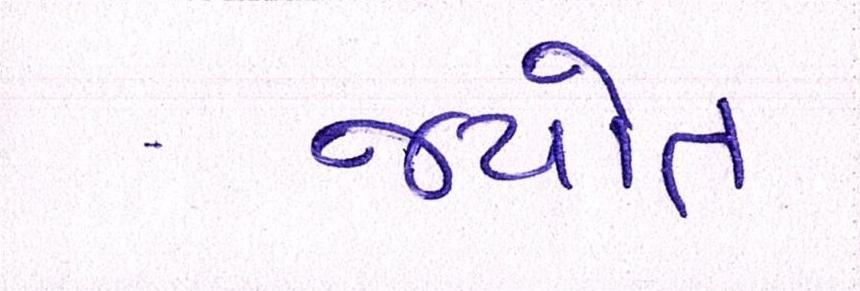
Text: જયોત